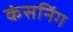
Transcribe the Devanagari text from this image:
कंसनिंग